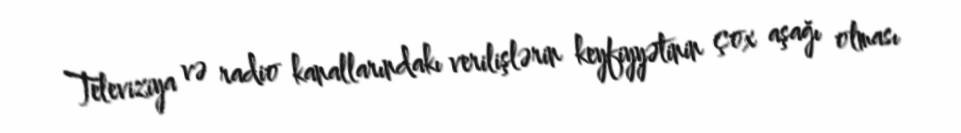
Televiziya və radio kanallarındakı verilişlərin keyfiyyətinin çox aşağı olması